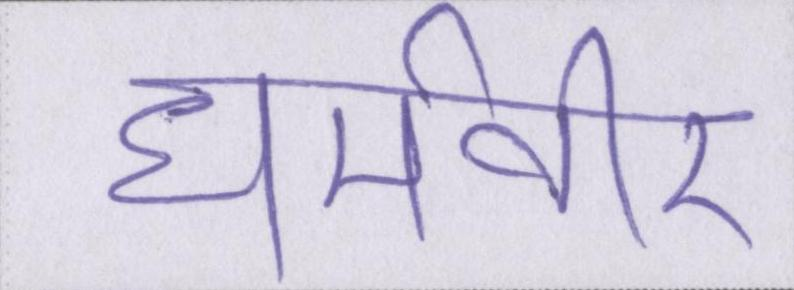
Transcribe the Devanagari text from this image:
धर्मवीर